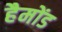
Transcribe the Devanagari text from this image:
हैमोंड